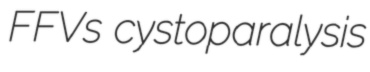
FFVs cystoparalysis